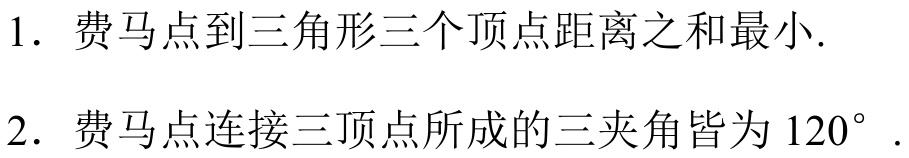
1. 费马点到三角形三个顶点距离之和最小.
2. 费马点连接三顶点所成的三夹角皆为 \(120^{\circ}\).